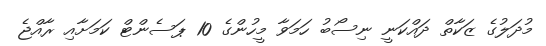
މުދަލުގެ ޒަކާތް ދައްކަނީ ނިސޯބު ހަމަވާ މީހުންގެ 10 ޕަސެންޓް ކަމަށާއި ރާއްޖެ